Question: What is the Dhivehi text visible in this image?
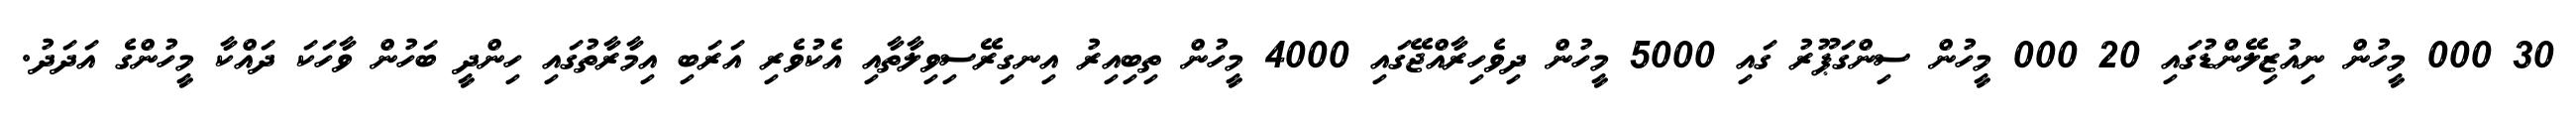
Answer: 30 000 މީހުން ނިއުޒިލޭންޑުގައި 20 000 މީހުން ސިންގަޕޫރު ގައި 5000 މީހުން ދިވެހިރާއްޖޭގައި 4000 މީހުން ތިބިއިރު އިނގިރޭސިވިލާތާއި އެކުވެރި އަރަބި އިމާރާތުގައި ހިންދީ ބަހުން ވާހަކަ ދައްކާ މީހުންގެ އަދަދު.